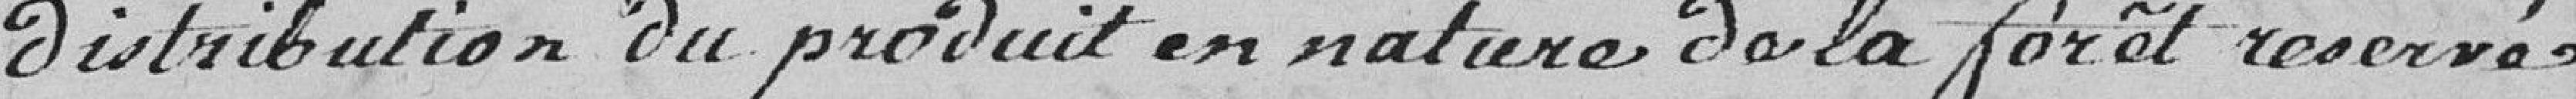
contribution du produit en nature de la forêt réservée